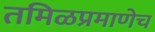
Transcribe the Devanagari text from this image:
तमिळप्रमाणेच